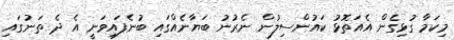
މިކަމާ ގުޅިގެން އެއަތޮޅު ކައުންސިލުން ނެރުނު ބަޔާނެއްގައި ބުނެފައިވަނީ އެ ދެ ތަނުގައި